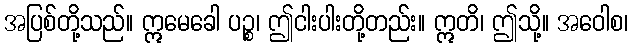
အပြစ်တို့သည်။ ဣမေခေါ ပဉ္စ၊ ဤငါးပါးတို့တည်း။ ဣတိ၊ ဤသို့။ အဝေါစ၊